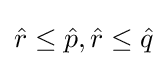
{\hat {r}}\leq {\hat {p}},{\hat {r}}\leq {\hat {q}}